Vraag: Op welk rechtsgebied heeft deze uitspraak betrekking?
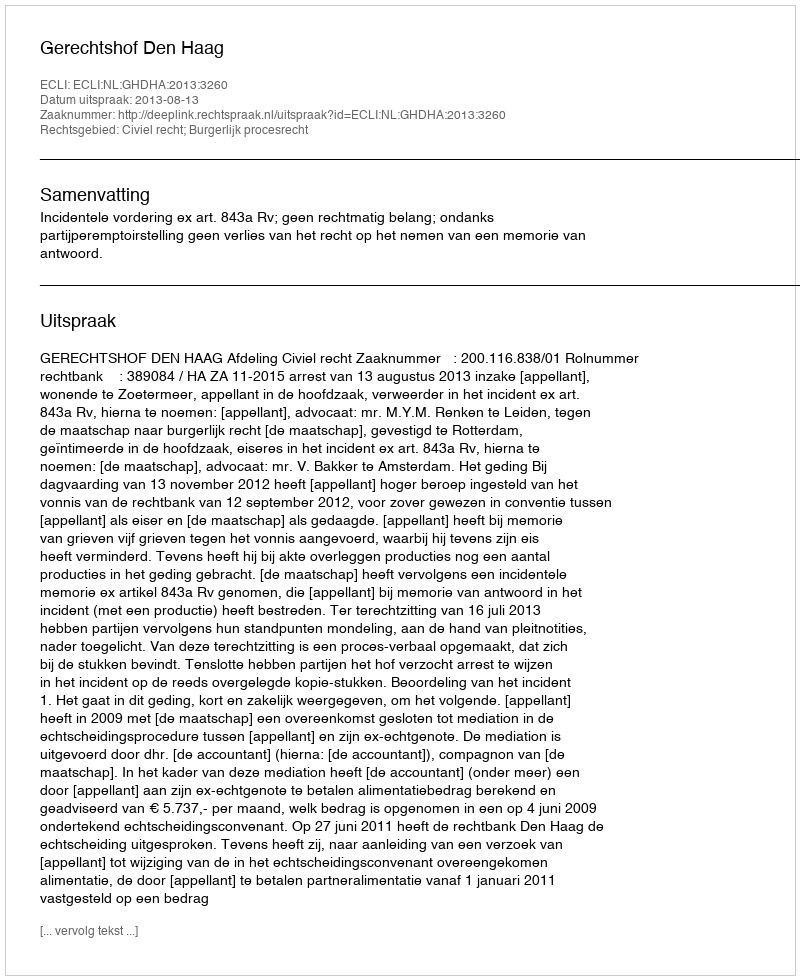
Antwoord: Civiel recht; Burgerlijk procesrecht